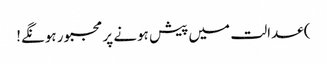
) عدالت میں پیش ہونے پر مجبور ہونگے!